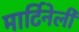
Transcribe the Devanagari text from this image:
मार्टिनेली